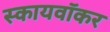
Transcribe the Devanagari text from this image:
स्कायवॉकर